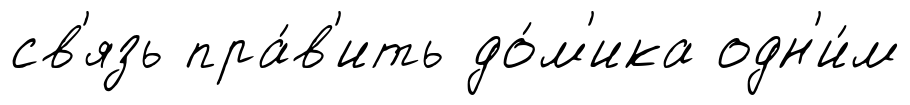
св'язь пра́в'ить до́м'ика одн'и́м